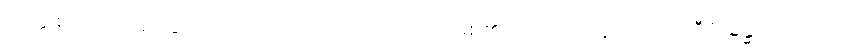
ကိတ္တိ စ၊ ကျော်စောခြင်းသည်လည်းကောင်း။ ဟောတိ၊ ဖြစ်၏။ သော၊ ထိုသူသည်။ သရီရံ၊ ခန္ဓာကိုယ်ကို။